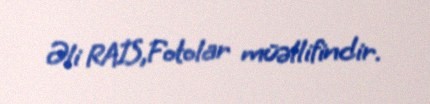
Əli RAİS,Fotolar müəllifindir.